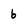
Character: 6